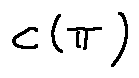
c ( \pi )